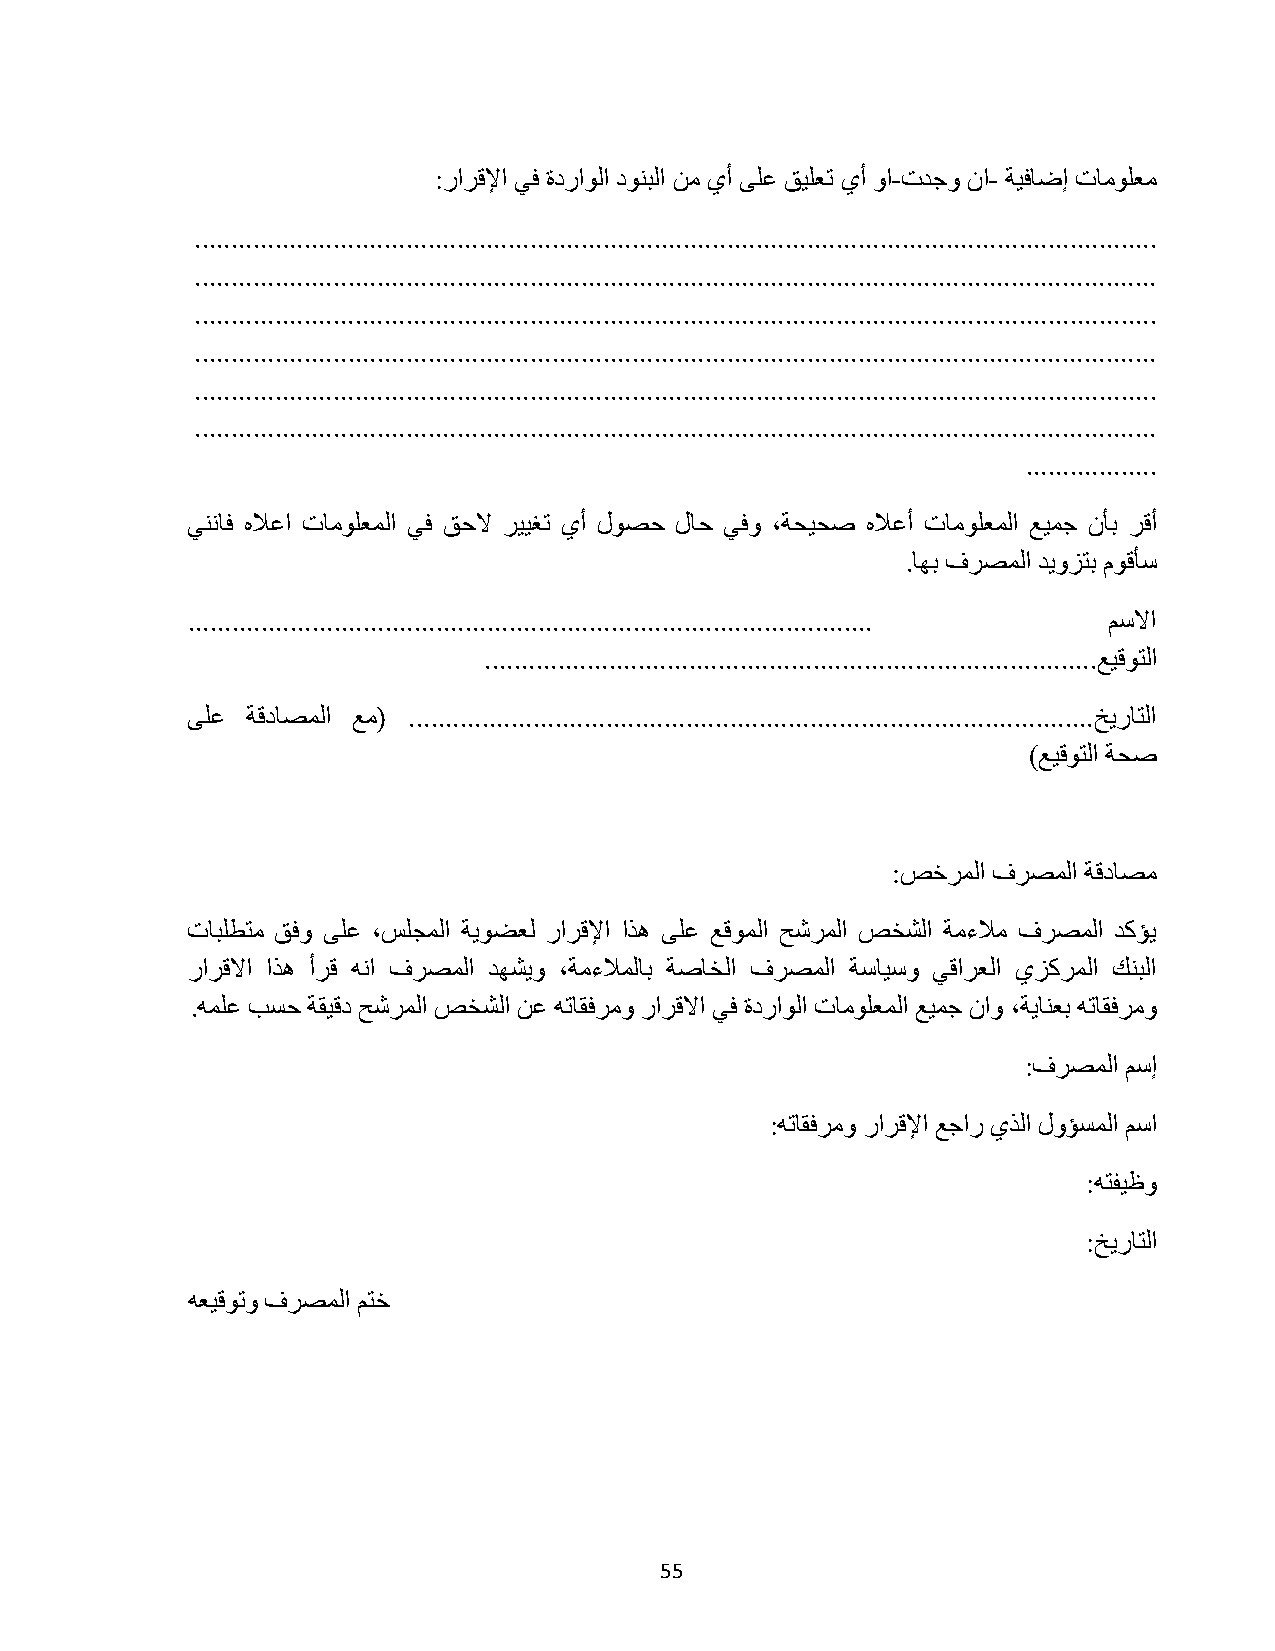
:ٍحَهلإح ٢ك سىٍحُٞح ىٞ٘زُح ٖٓ ١أ ٠ِػ ن٤ِؼط ١أ ٝح-صيؿٝ ٕح- ش٤كخػا صخِٓٞؼٓ
 ....................................................................................................................................
 ....................................................................................................................................
 ....................................................................................................................................
 ....................................................................................................................................
 ....................................................................................................................................
 ....................................................................................................................................
 ..................
 ٢٘ٗخك ٙلاػح صخِٓٞؼُٔح ٢ك نكلا َ٤٤ـط ١أ ٍٞظك ٍخك ٢كٝ ،شل٤لط ٙلاػأ صخِٓٞؼُٔح غ٤ٔؿ ٕؤر َهأ
 .خٜر فَظُٔح ي٣ِٝظر ّٞهؤٓ
 .............................................................................................. ْٓلاح
 ....................................................................................غ٤هٞظُح
 ٠ِػ شهىخظُٔح غٓ( ..............................................................................................ن٣ٍخظُح
 )غ٤هٞظُح شلط
 :ضهَُٔح فَظُٔح شهىخظٓ
 صخزِطظٓ نكٝ ٠ِػ ،ِْـُٔح ش٣ٞؼؼُ ٍحَهلإح حٌٛ ٠ِػ غهُٞٔح قشَُٔح ضوشُح شٓءلآ فَظُٔح يًئ٣
 ٍحَهلاح حٌٛ أَه ٚٗح فَظُٔح يٜش٣ٝ ،شٓءلأُخر شطخوُح فَظُٔح شٓخ٤ٓٝ ٢هحَؼُح ١ًَُِٔح ي٘زُح
 .ِٚٔػ ذٔك شو٤هى قشَُٔح ضوشُح ٖػ ٚطخوكَٓٝ ٍحَهلاح ٢ك سىٍحُٞح صخِٓٞؼُٔح غ٤ٔؿ ٕحٝ ،ش٣خ٘ؼر ٚطخوكَٓٝ
 :فَظُٔح ْٓا
 :ٚطخوكَٓٝ ٍحَهلإح غؿحٍ ١ٌُح ٍٝئُٔٔح ْٓح
 :ٚظل٤ظٝ
 :ن٣ٍخظُح
 ٚؼ٤هٞطٝ فَظُٔح ْظه
 55